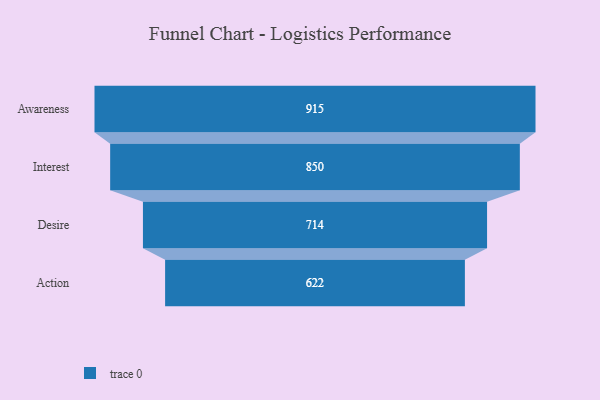
{"axis": {"x": "Stage", "y": "Value"}, "legend": [""], "data": [{"x": "Awareness", "y": 915.0, "type": ""}, {"x": "Interest", "y": 850.0, "type": ""}, {"x": "Desire", "y": 714.0, "type": ""}, {"x": "Action", "y": 622.0, "type": ""}]}